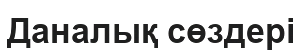
Даналық сөздері